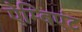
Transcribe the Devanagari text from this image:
ऐम्बिएंट